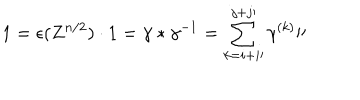
LaTeX: 1 = \epsilon ( Z ^ { n / 2 } ) \cdot 1 = \gamma \ast \gamma ^ { - 1 } = \sum _ { k = i + i \prime } ^ { j + j \prime } \gamma ^ { ( k ) } \prime \prime